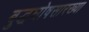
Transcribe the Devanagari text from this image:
बुद्धघोषसारख्या